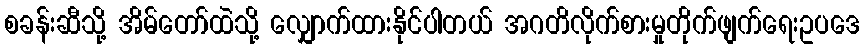
စခန်းဆီသို့ အိမ်တော်ထဲသို့ လျှောက်ထားနိုင်ပါတယ် အဂတိလိုက်စားမှုတိုက်ဖျက်ရေးဥပဒေ